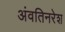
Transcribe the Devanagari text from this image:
अंवतिनरेश